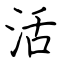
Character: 活